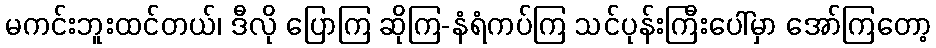
မကင်းဘူးထင်တယ်၊ ဒီလို ပြောကြ ဆိုကြ-နံရံကပ်ကြ သင်ပုန်းကြီးပေါ်မှာ အော်ကြတော့